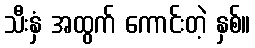
သီးနှံ အထွက် ကောင်းတဲ့ နှစ်။